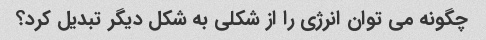
چگونه می توان انرژی را از شکلی به شکل دیگر تبدیل کرد؟